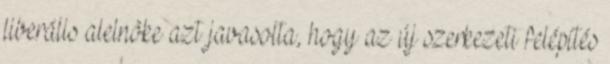
liberális alelnöke azt javasolta, hogy az új szerkezeti felépítés